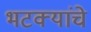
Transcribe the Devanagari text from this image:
भटक्यांचे